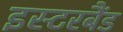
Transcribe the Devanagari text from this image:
इस्टरबैंड